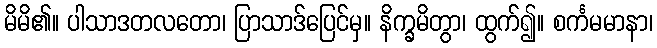
မိမိ၏။ ပါသာဒတလတော၊ ပြာသာဒ်ပြေင်မှ။ နိက္ခမိတွာ၊ ထွက်၍။ စင်္ကမမာနာ၊